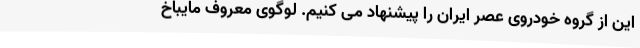
این از گروه خودروی عصر ایران را پیشنهاد می کنیم. لوگوی معروف مایباخ